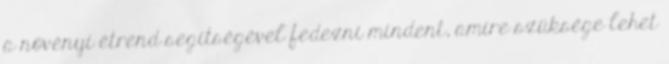
a növényi étrend segítségével fedezni mindent, amire szüksége lehet